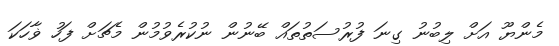
މެންޔޫ އަށް ލިބުނު ގިނަ ފުރުސަތުތައް ބޭނުން ނުކުރެވުމުން މެޗަށް ފަހު ޥާހަކަ